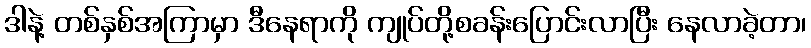
ဒါနဲ့ တစ်နှစ်အကြာမှာ ဒီနေရာကို ကျုပ်တို့စခန်းပြောင်းလာပြီး နေလာခဲ့တာ၊